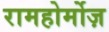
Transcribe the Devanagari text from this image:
रामहोर्मोज़